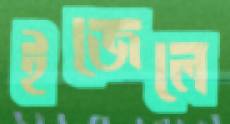
ইজেলে